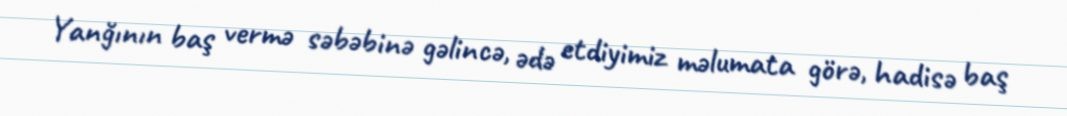
Yanğının baş vermə səbəbinə gəlincə, ədə etdiyimiz məlumata görə, hadisə baş